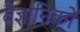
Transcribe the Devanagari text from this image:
वैज्ञानिकों